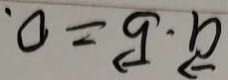
\overrightarrow { a } \cdot \overrightarrow { b } = 0 .